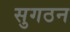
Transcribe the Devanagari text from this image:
सुगठन